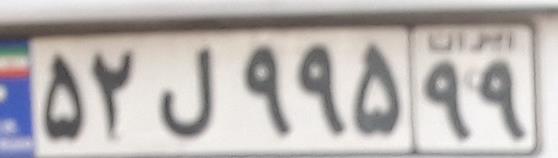
۵۲ل۹۹۵۹۹